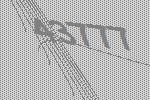
43777